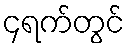
၄ရက်တွင်